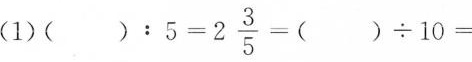
（1）$$（ ）：5=2\frac{3}{5}=（ ）\div 10=$$